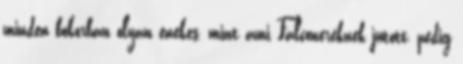
minden bokorban olyan énekes, mint ami Falconeréknek jutott, pedig